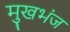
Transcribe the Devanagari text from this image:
मुखभंज